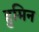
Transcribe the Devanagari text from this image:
हुमिन